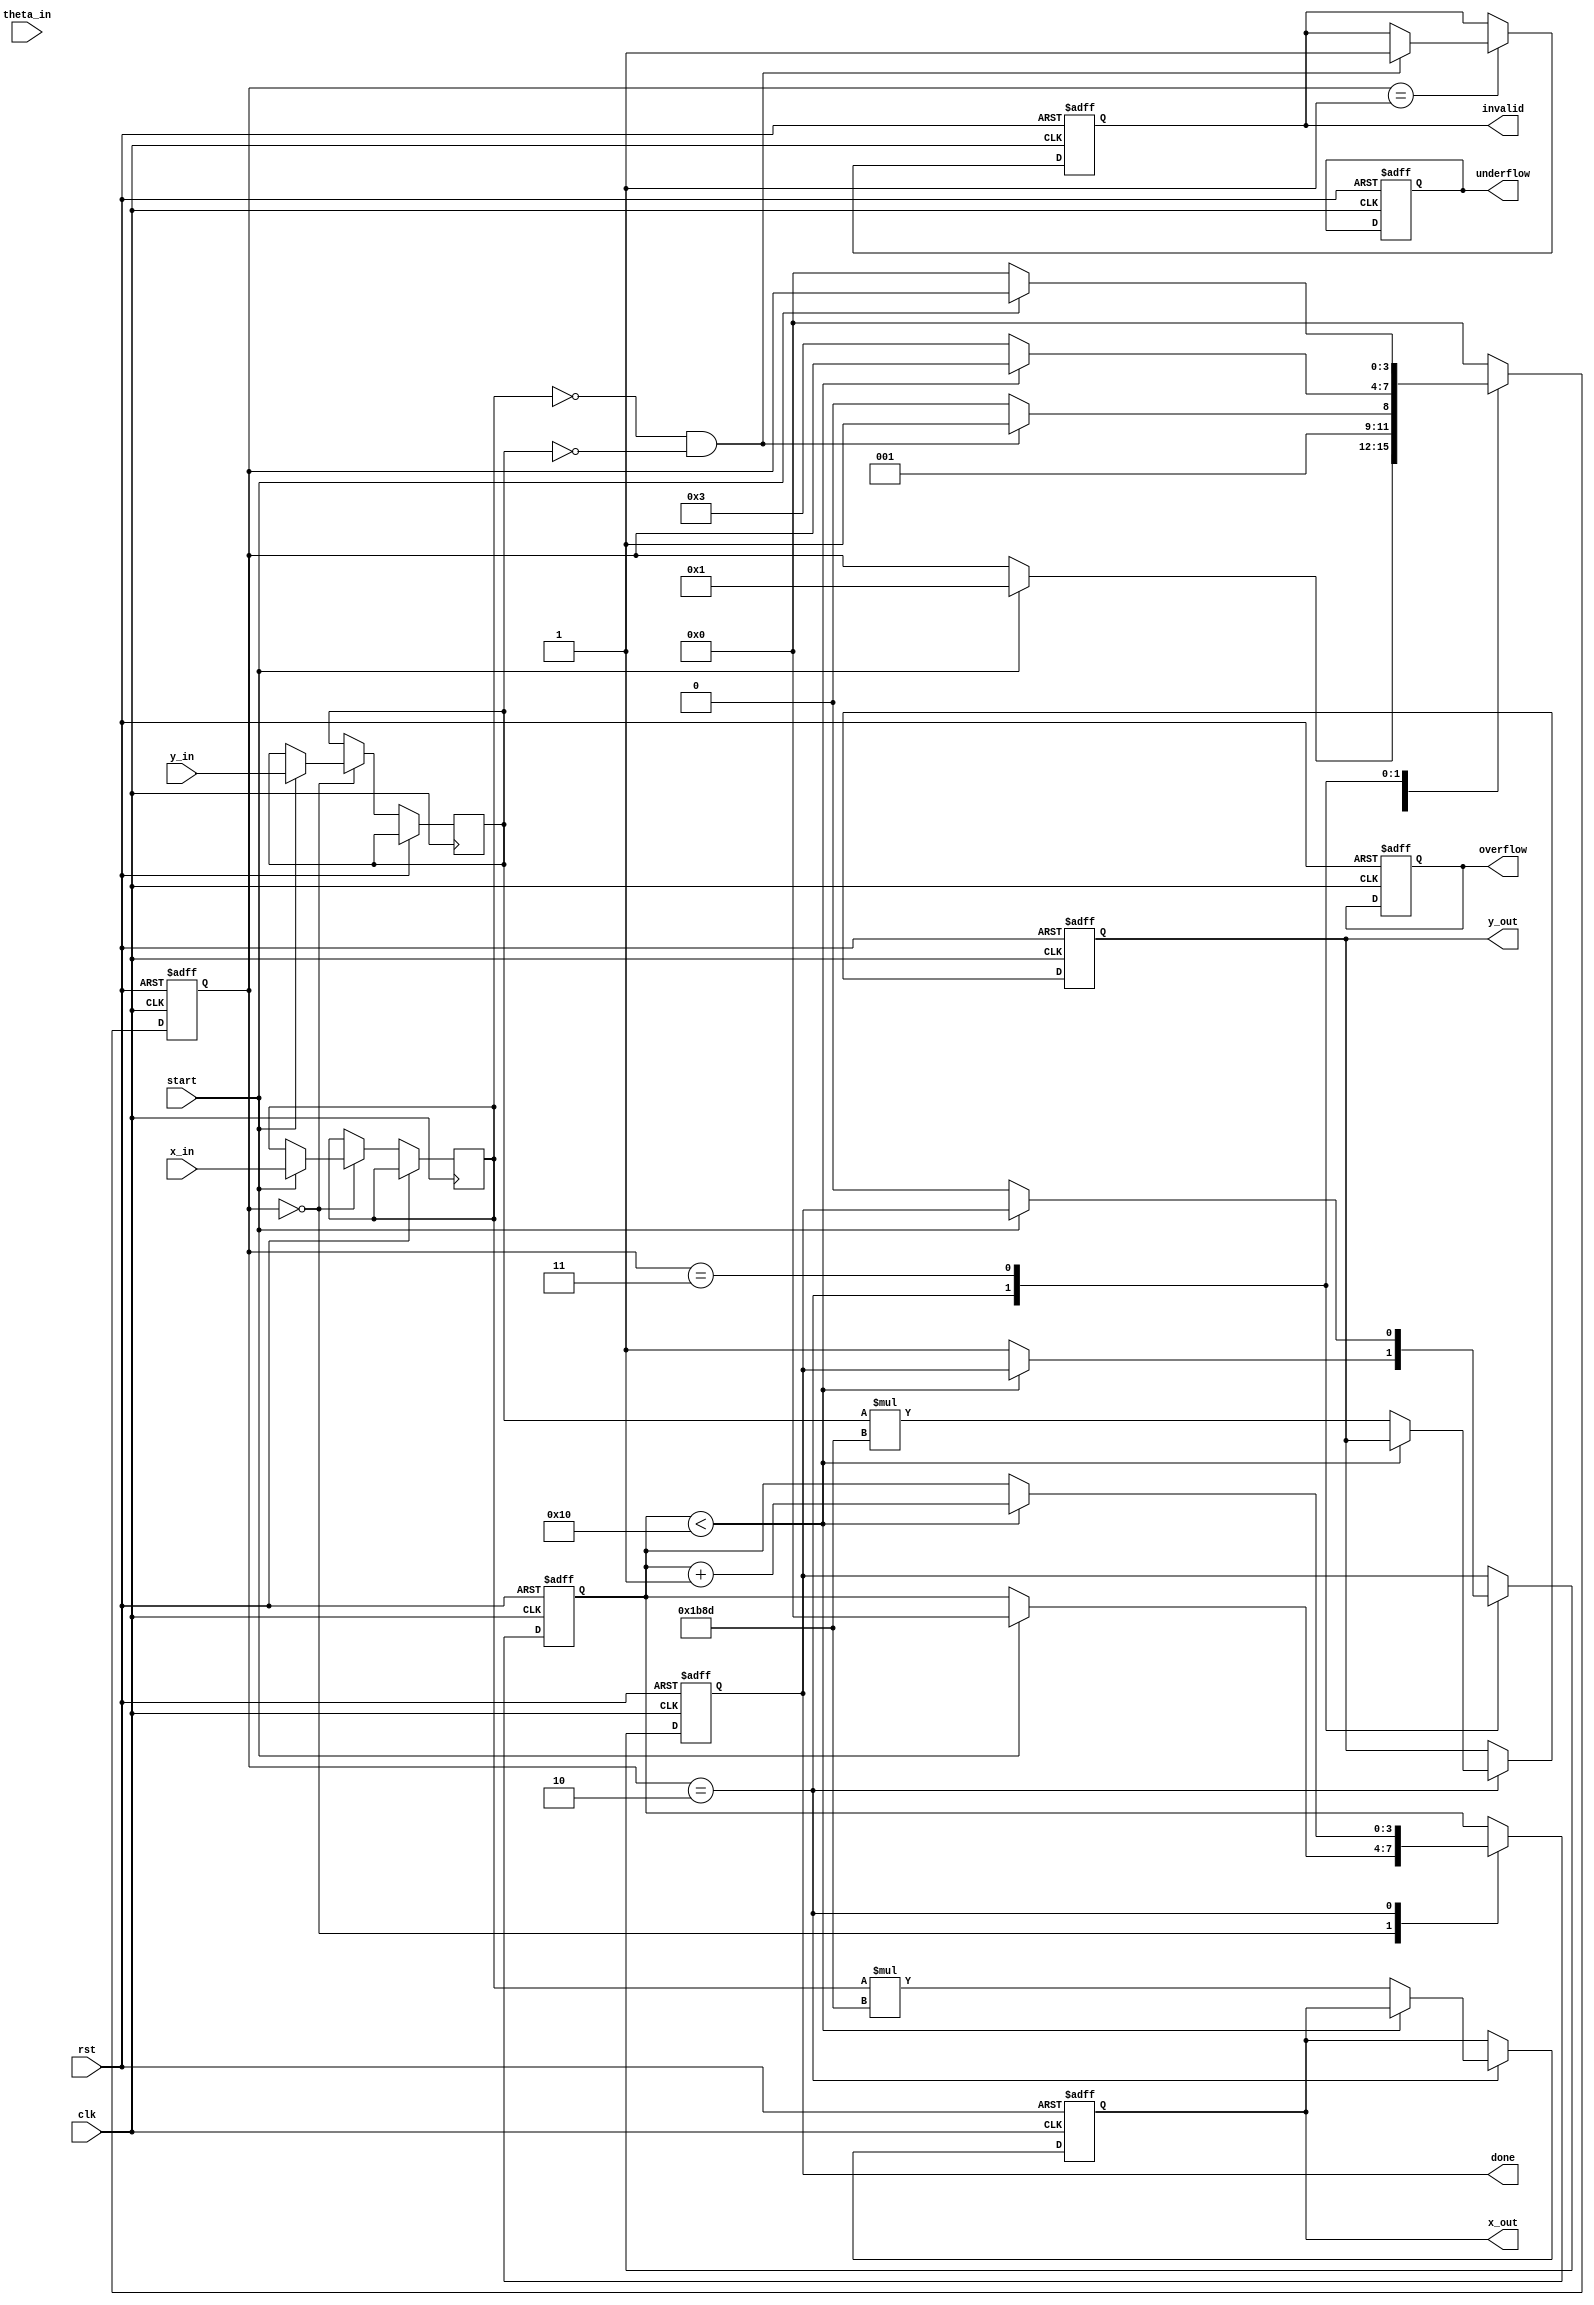
module cordic_floating_point (
    input wire clk,
    input wire rst,
    input wire start,
    input wire [31:0] x_in, // IEEE 754 single precision
    input wire [31:0] y_in, // IEEE 754 single precision
    input wire [31:0] theta_in, // Angle in radians, IEEE 754 single precision
    output reg [31:0] x_out, // Resulting X in IEEE 754
    output reg [31:0] y_out, // Resulting Y in IEEE 754
    output reg done,
    output reg overflow,
    output reg underflow,
    output reg invalid
);

// Constants
parameter NUM_ITERATIONS = 16; // Number of CORDIC iterations
parameter K_FACTOR = 32'h1B8D; // Precomputed scaling factor (K = 0.607252935)

reg [31:0] x_reg, y_reg, theta_reg;
reg [NUM_ITERATIONS-1:0] angle_table; // Placeholder for arctangent lookup table
reg [3:0] state;
reg [3:0] iteration;

// FSM states
localparam IDLE = 0, INIT = 1, ITERATE = 2, DONE = 3;

always @(posedge clk or posedge rst) begin
    if (rst) begin
        state <= IDLE;
        x_out <= 0;
        y_out <= 0;
        done <= 0;
        overflow <= 0;
        underflow <= 0;
        invalid <= 0;
        iteration <= 0;
    end else begin
        case (state)
            IDLE: begin
                if (start) begin
                    x_reg <= x_in;
                    y_reg <= y_in;
                    theta_reg <= theta_in;
                    iteration <= 0;
                    state <= INIT;
                end
            end
            
            INIT: begin
                // Initialize for iteration
                // Check for special cases (Zero, Inf, NaN)
                if (x_reg == 32'h00000000 && y_reg == 32'h00000000) begin
                    invalid <= 1; // Handle zero vector case
                    state <= DONE;
                end else begin
                    // Continue to iteration
                    state <= ITERATE;
                end
            end
            
            ITERATE: begin
                if (iteration < NUM_ITERATIONS) begin
                    // CORDIC rotation logic
                    // This is a placeholder for actual rotation logic
                    // Use theta_reg and angle_table to determine direction
                    if (theta_reg[31] == 1'b0) begin // Positive angle
                        // Rotate clockwise
                        // y_reg = y_reg - (x_reg >> iteration);
                        // x_reg = x_reg + (y_reg >> iteration);
                        theta_reg <= theta_reg - angle_table[iteration]; // Update theta
                    end else begin // Negative angle
                        // Rotate counterclockwise
                        // y_reg = y_reg + (x_reg >> iteration);
                        // x_reg = x_reg - (y_reg >> iteration);
                        theta_reg <= theta_reg + angle_table[iteration]; // Update theta
                    end
                    
                    iteration <= iteration + 1; // Next iteration
                end else begin
                    x_out <= x_reg * K_FACTOR; // Scale output X
                    y_out <= y_reg * K_FACTOR; // Scale output Y
                    done <= 1;
                    state <= DONE;
                end
            end
            
            DONE: begin
                if (!start) begin
                    state <= IDLE; // Reset state on next start
                    done <= 0;
                end
            end
            
            default: state <= IDLE;
        endcase
    end
end

endmodule